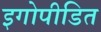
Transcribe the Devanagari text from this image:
इगोपीडित